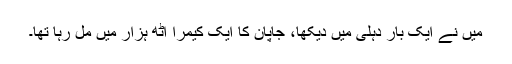
میں نے ایک بار دہلی میں دیکھا، جاپان کا ایک کیمرا آٹھ ہزار میں مل رہا تھا۔